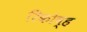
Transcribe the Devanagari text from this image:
रिकोव्ह